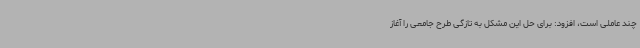
چند عاملی است، افزود: برای حل این مشکل به تازگی طرح جامعی را آغاز